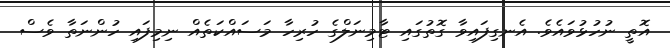
އޮތީ ނުހުޅުވައެވެ. އެނގިފައިވާ ގޮތުގައި ޓާމިނަލްގެ ހުރިހާ މަސައްކަތެއް ނިމިފައި ހުންނަތާ ވެސް